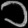
Digit: ၁